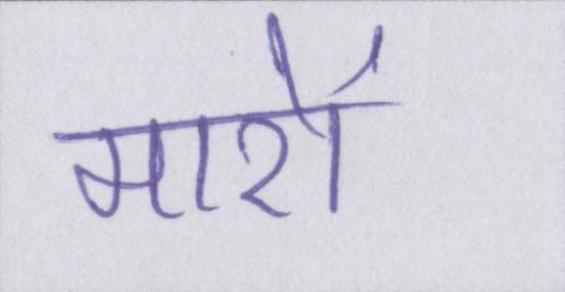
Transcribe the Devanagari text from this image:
मारों